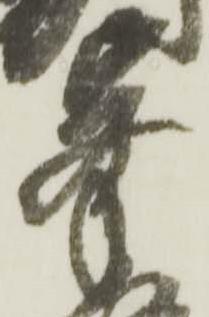
峯